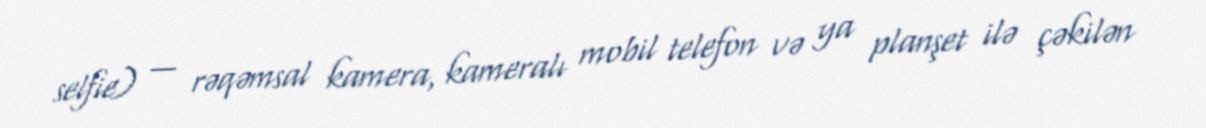
selfie) — rəqəmsal kamera, kameralı mobil telefon və ya planşet ilə çəkilən